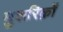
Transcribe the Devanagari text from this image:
मुशरिक़ों